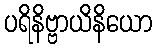
ပရိနိဗ္ဗာယိနိယော